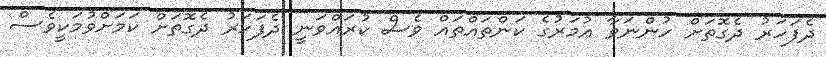
ދެފަހަރު ދެގޮތަށް ހުންނަވާ އުމަރުގެ ކަންތައްތައް ވެސް ކުރައްވަނީ ދެފަހަރު ދެގޮތަށް ކަމަށްވުމަކީވެސް